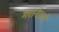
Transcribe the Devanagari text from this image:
मरानेल्लो